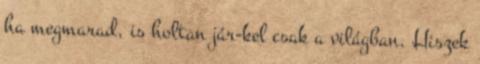
ha megmarad, is holtan jár-kel csak a világban. Hiszek